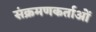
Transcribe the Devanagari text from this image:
संक्रमणकर्ताओं